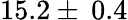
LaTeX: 15.2\pm\: 0.4